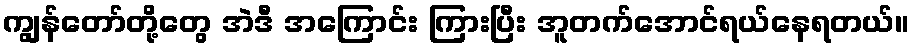
ကျွန်တော်တို့တွေ အဲဒီ အကြောင်း ကြားပြီး အူတက်အောင်ရယ်နေရတယ်။